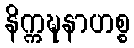
နိက္ကဍ္ဎနာဟစ္စ